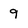
Character: 9